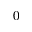
0